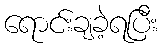
ရောင်းချခဲ့ရပြီး